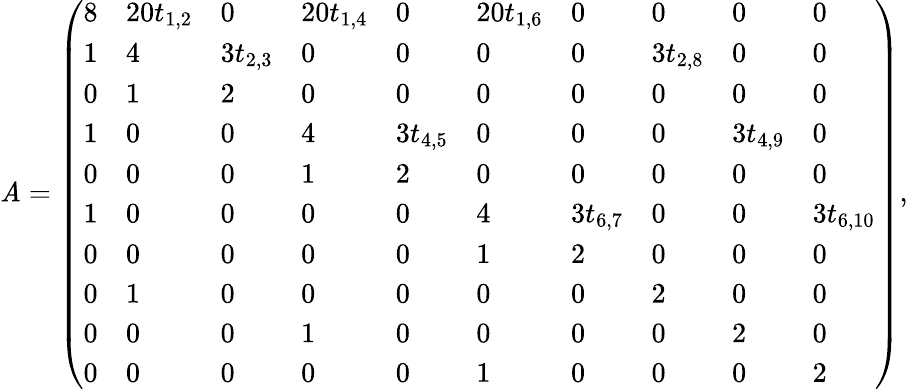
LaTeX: \mathit{A}=\left(\begin{array}{llllllllll}{8}&{20t_{1,2}}&{0}&{20t_{1,4}}&{0}&{20t_{1,6}}&{0}&{0}&{0}&{0}\\ {1}&{4}&{3t_{2,3}}&{0}&{0}&{0}&{0}&{3t_{2,8}}&{0}&{0}\\ {0}&{1}&{2}&{0}&{0}&{0}&{0}&{0}&{0}&{0}\\ {1}&{0}&{0}&{4}&{3t_{4,5}}&{0}&{0}&{0}&{3t_{4,9}}&{0}\\ {0}&{0}&{0}&{1}&{2}&{0}&{0}&{0}&{0}&{0}\\ {1}&{0}&{0}&{0}&{0}&{4}&{3t_{6,7}}&{0}&{0}&{3t_{6,10}}\\ {0}&{0}&{0}&{0}&{0}&{1}&{2}&{0}&{0}&{0}\\ {0}&{1}&{0}&{0}&{0}&{0}&{0}&{2}&{0}&{0}\\ {0}&{0}&{0}&{1}&{0}&{0}&{0}&{0}&{2}&{0}\\ {0}&{0}&{0}&{0}&{0}&{1}&{0}&{0}&{0}&{2}\end{array}\right),